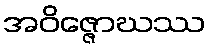
အဝိဇ္ဇောဃဿ